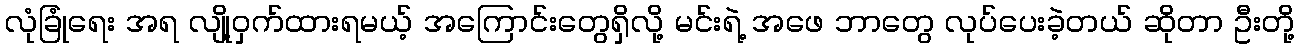
လုံခြုံရေး အရ လျို့ဝှက်ထားရမယ့် အကြောင်းတွေရှိလို့ မင်းရဲ့ အဖေ ဘာတွေ လုပ်ပေးခဲ့တယ် ဆိုတာ ဦးတို့